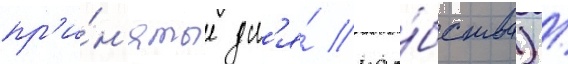
пр'и́н'ятые дл'я́ удо́бства) /